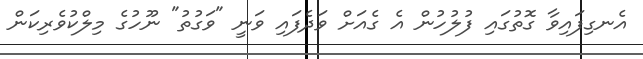
އެނގިފައިވާ ގޮތުގައި ފުލުހުން އެ ގެއަށް ވަދެފައި ވަނީ "ވަގުތު" ނޫހުގެ މިލްކުވެރިކަން